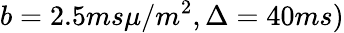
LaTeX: b=2.5ms\mu/m^{2},\Delta=40ms)